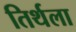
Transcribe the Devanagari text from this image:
तिर्थला